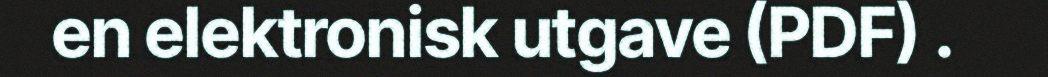
en elektronisk utgave (PDF) .